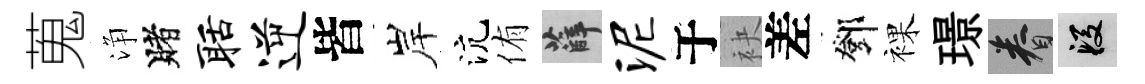
蒐浄賭聒逆皆岸沆侑薛泥于袂差鄧裸璟眷段